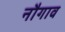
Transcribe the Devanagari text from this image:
नौगाव